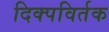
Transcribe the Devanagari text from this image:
दिक्पविर्तक